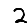
Digit: 2